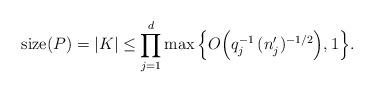
LaTeX: \begin{align*}\hbox{\rm size}(P)=|K|\le\prod_{j=1}^d\max\Big\{O\Big(q_j^{-1}\,(n'_j)^{-1/2}\Big),1\Big\}. \end{align*}